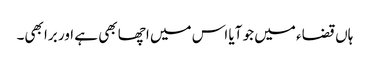
ہاں قضاء میں جو آیا اس میں اچھا بھی ہے اور برا بھی۔